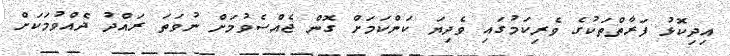
އިދިކޮޅު ފަރާތްތަކުގެ ވެރިކަމުގައި ވެދިޔަ ކަންކަމަށް ގޮން ޖެއްސެވުމަށް ނުވަތަ ރައްދު ދެއްވުމަކަށް